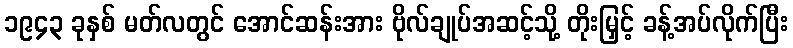
၁၉၄၃ ခုနှစ် မတ်လတွင် အောင်ဆန်းအား ဗိုလ်ချုပ်အဆင့်သို့ တိုးမြှင့် ခန့်အပ်လိုက်ပြီး